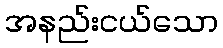
အနည်းငယ်သော